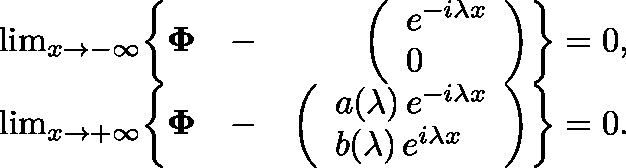
\begin{array} { r l r } { \operatorname* { l i m } _ { x \to - \infty } \biggl \{ \mathbf { \Phi } } & { - } & { \left( \begin{array} { l } { e ^ { - i \lambda x } } \\ { 0 } \end{array} \right) \biggr \} = 0 , } \\ { \operatorname* { l i m } _ { x \to + \infty } \biggl \{ \mathbf { \Phi } } & { - } & { \left( \begin{array} { l } { a ( \lambda ) \, e ^ { - i \lambda x } } \\ { b ( \lambda ) \, e ^ { i \lambda x } } \end{array} \right) \biggr \} = 0 . } \end{array}